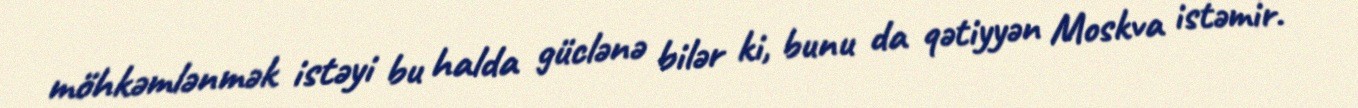
möhkəmlənmək istəyi bu halda güclənə bilər ki, bunu da qətiyyən Moskva istəmir.